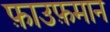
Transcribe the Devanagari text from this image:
फ़ाउफ़मान